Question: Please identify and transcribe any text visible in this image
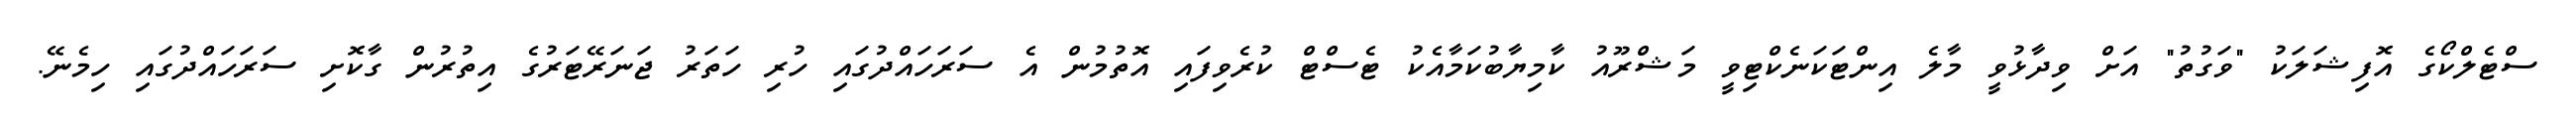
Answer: ސްޓެލްކޯގެ އޮފިޝަލަކު "ވަގުތު" އަށް ވިދާޅުވީ މާލެ އިންޓަކަނެކްޓިވީ މަޝްރޫއު ކާމިޔާބުކަމާއެކު ޓެސްޓް ކުރެވިފައި އޮތުމުން އެ ސަރަހައްދުގައި ހުރި ހަތަރު ޖަނަރޭޓަރުގެ އިތުރުން ގާކޮށި ސަރަހައްދުގައި ހިމެނޭ.